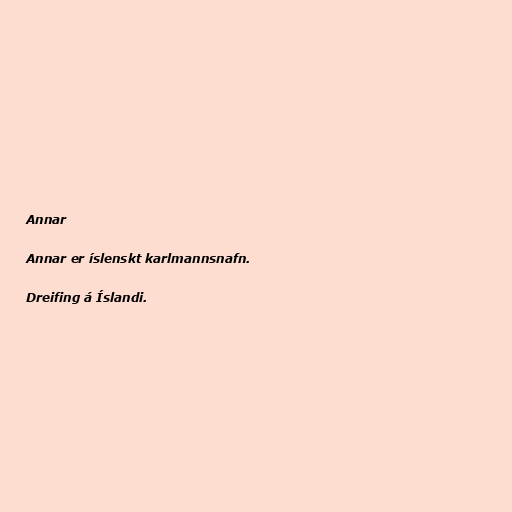
Annar

Annar er íslenskt karlmannsnafn.

Dreifing á Íslandi.